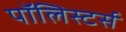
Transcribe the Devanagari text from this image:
पॉलिस्टर्स